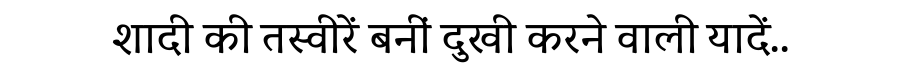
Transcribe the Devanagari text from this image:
शादी की तस्वीरें बनीं दुखी करने वाली यादें..